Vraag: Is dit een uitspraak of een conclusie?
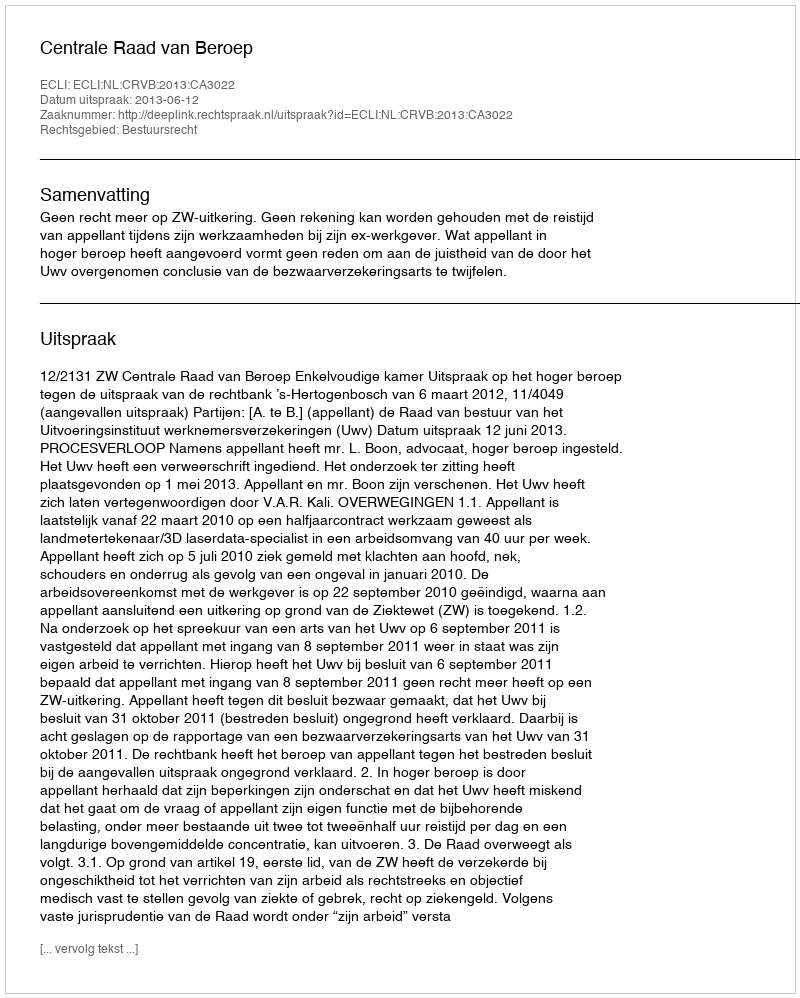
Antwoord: Uitspraak